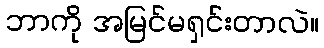
ဘာကို အမြင်မရှင်းတာလဲ။